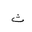
Letter: _tha